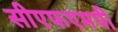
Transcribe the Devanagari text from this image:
सीएफएमपी